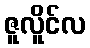
ဇူလိူင်လ